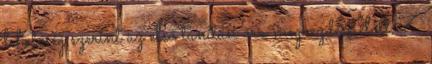
lehetőség szerint az első tanítási óra megkezdése előtt, 7.